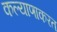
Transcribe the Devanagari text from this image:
कल्याणाकरत